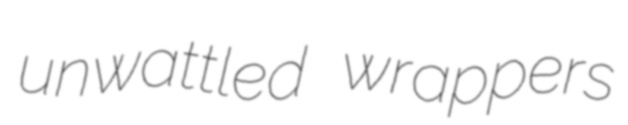
unwattled wrappers